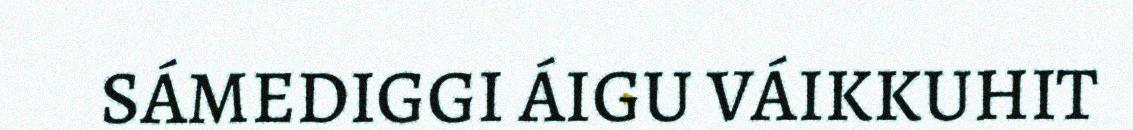
SÁMEDIGGI ÁIGU VÁIKKUHIT